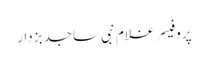
پروفیسر غلام نبی ساجد بزدار